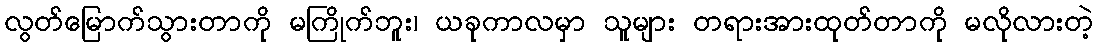
လွတ်မြောက်သွားတာကို မကြိုက်ဘူး၊ ယခုကာလမှာ သူများ တရားအားထုတ်တာကို မလိုလားတဲ့